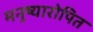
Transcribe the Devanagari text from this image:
मनुष्यारोपित